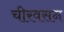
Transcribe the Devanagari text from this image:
चीरवसन